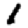
Digit: 1